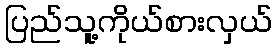
ပြည်သူ့ကိုယ်စားလှယ်